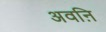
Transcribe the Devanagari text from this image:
अवऩि